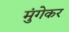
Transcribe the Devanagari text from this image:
मुंगेकर